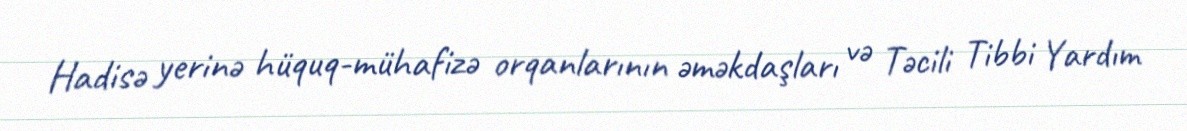
Hadisə yerinə hüquq-mühafizə orqanlarının əməkdaşları və Təcili Tibbi Yardım